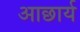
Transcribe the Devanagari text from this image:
आछार्य